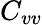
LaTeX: C_{vv}